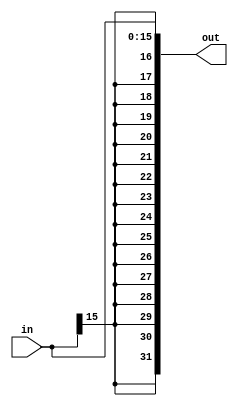
`timescale 1ns / 1ps
//////////////////////////////////////////////////////////////////////////////////
// Company: 
// Engineer: 
// 
// Design Name: 
// Module Name: Instructionmemory
// Project Name: 
// Target Devices: 
// Tool Versions: 
// Description: 
// 
// Dependencies: 
// 
// Revision:
// Revision 0.01 - File Created
// Additional Comments:
// 
//////////////////////////////////////////////////////////////////////////////////


module Signextend(
in,
out
    );
    input [15:0] in;
    output [31:0] out;
    
    assign out={{16{in[15]}},in};
    
endmodule